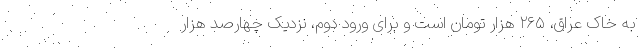
به خاک عراق، ۲۶۵ هزار تومان است و برای ورود دوم، نزدیک چهارصد هزار